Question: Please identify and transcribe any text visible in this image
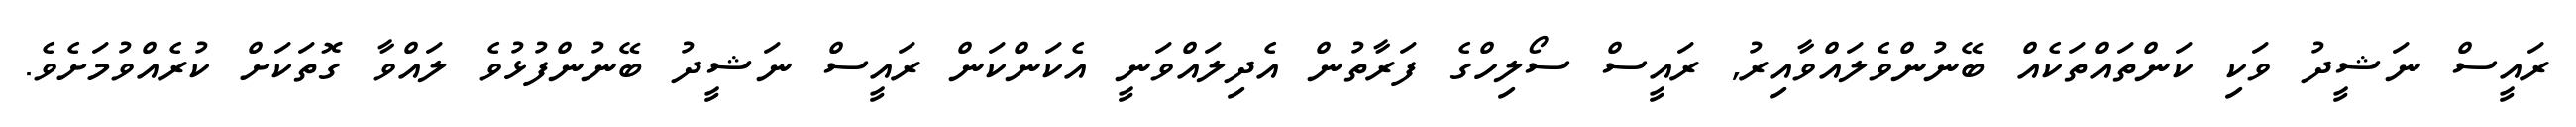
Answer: ރައީސް ނަޝީދު ވަކި ކަންތައްތަކެއް ބޭނުންވެލައްވާއިރު, ރައީސް ސޯލިހްގެ ފަރާތުން އެދިލައްވަނީ އެކަންކަން ރައީސް ނަޝީދު ބޭނުންފުޅުވެ ލައްވާ ގޮތަކަށް ކުރެއްވުމަށެވެ.